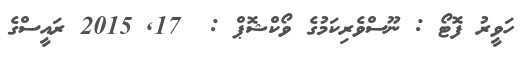
ހަވީރު ފޮޓޯ : ނޫސްވެރިކަމުގެ ވޯކްޝޮޕް :  17